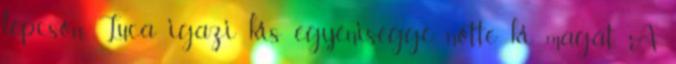
lépcsőn, Luca igazi kis egyéniséggé nőtte ki magát. A